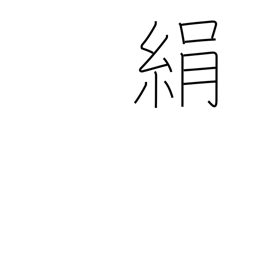
Meaning: silk